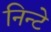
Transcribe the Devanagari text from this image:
निन्टे